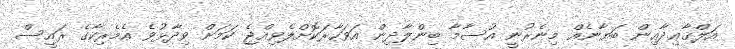
އަލްޤާޢިދާއިން ބަޔާނެއް މިނެރުނީ އުސާމާ ބިންލާދިން އަވަހާރަކޮށްލެވިއްޖެ ކަމަށް ވިދާޅުވެ އެމެރިކާގެ ރައީސް